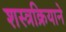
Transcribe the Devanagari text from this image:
शस्त्रक्रियाने